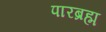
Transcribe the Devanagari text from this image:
पारब्रह्म